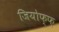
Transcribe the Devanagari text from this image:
जियोफ्फ़